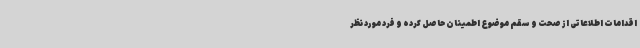
اقدامات اطلاعاتی از صحت و سقم موضوع اطمینان حاصل کرده و فرد مورد نظر